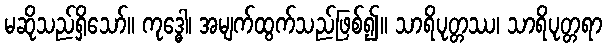
မဆိုသည်ရှိသော်။ ကုဒ္ဓေါ၊ အမျက်ထွက်သည်ဖြစ်၍။ သာရိပုတ္တဿ၊ သာရိပုတ္တရာ